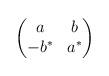
LaTeX: \begin{align*}\begin{pmatrix}a & b \\- b^* & a^*\end{pmatrix}\end{align*}